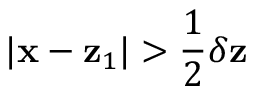
| \mathbf { x } - \mathbf { z } _ { 1 } | > \frac 1 2 \delta \mathbf { z }